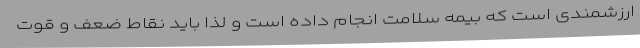
ارزشمندی است که بیمه سلامت انجام داده است و لذا باید نقاط ضعف و قوت